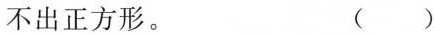
不出正方形。 ( )